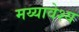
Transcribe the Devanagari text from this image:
मय्यावेश्य